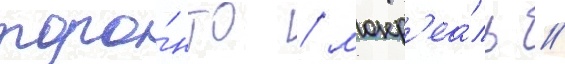
торо́нто / монр'еа́ль /